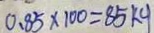
0 . 8 5 \times 1 0 0 = 8 5 k g